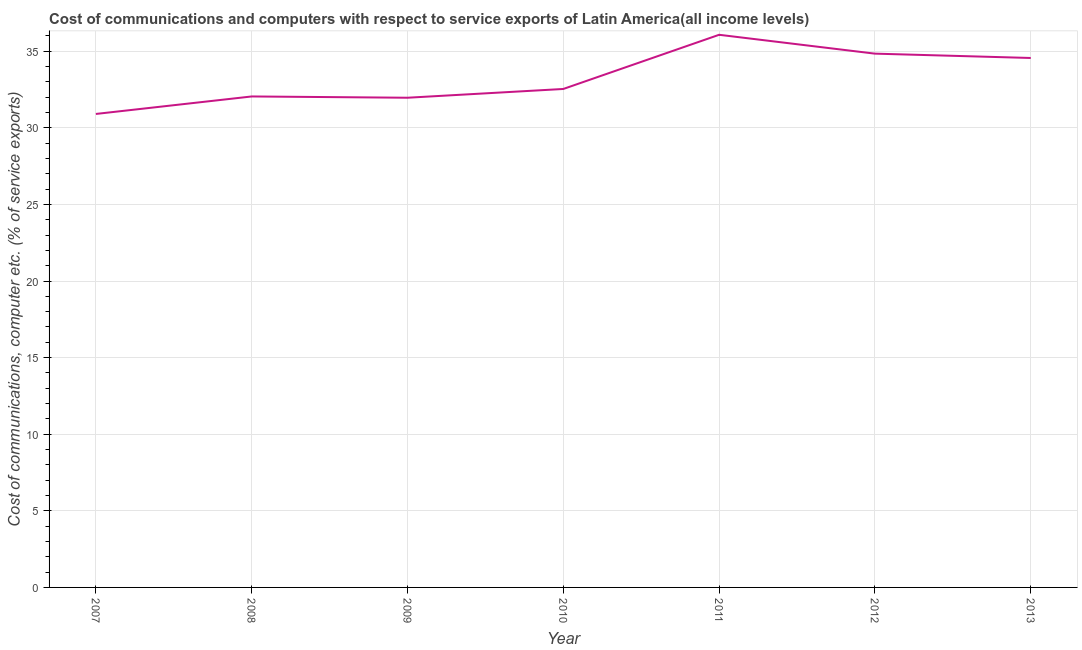
| Year | Communications |
 | --- | --- |
 | 2007 | 30.9 |
 | 2008 | 32 |
 | 2009 | 32 |
 | 2010 | 32.5 |
 | 2011 | 36.1 |
 | 2012 | 34.8 |
 | 2013 | 34.6 |